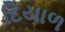
દિયાળ